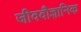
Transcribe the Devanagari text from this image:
जीववौज्ञानिक